Vaccination North-Western Provinces and Oudh 1896-1901 - 1896-1901
Year: 1896
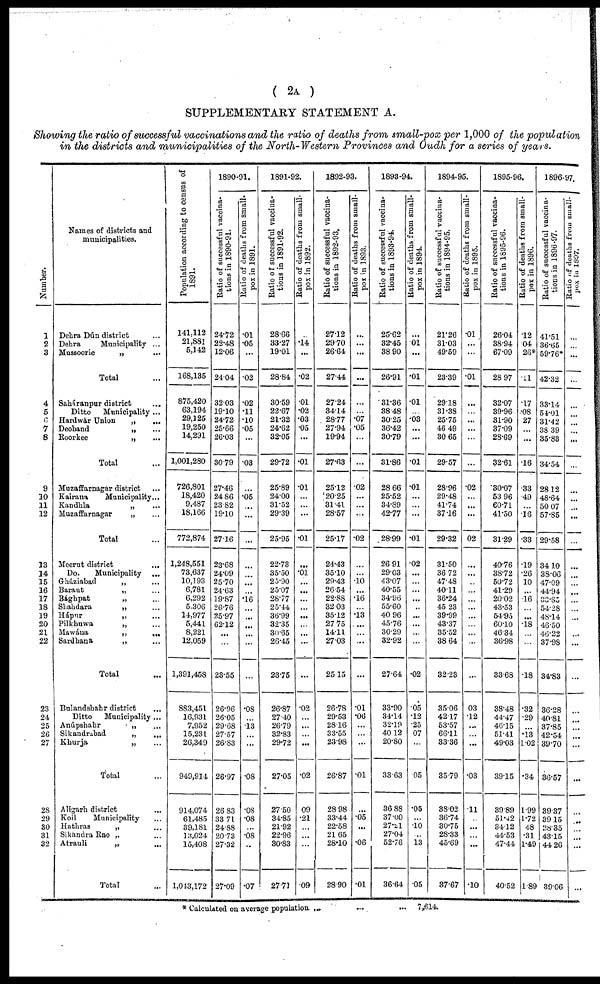
( 2A )
SUPPLEMENTARY STATEMENT A.
Showing the ratio of successful vaccinations and the ratio of deaths from small-pox per 1,000 of the population
in the districts and municipalities of the North-Western Provinces and Oudh for a series of years.
Number.
1
2
3
4
5
6
7
8
9
10
11 12
13
14
15
16
17
18
19
20
21
22
23
24
25
26
27
28
29
30
31
32
Names of districts and
municipalities.
Dehra Dún district ...
Dehra
Municipality ...
Mussoorie
„ ...
Total ...
Saháranpur district ...
Ditto
Municipality ...
Hardwár Union
„
...
Deoband
„ ...
Roorkee
„ ...
Total ...
Muzaffarnagar district ...
Kairana
Municipality...
Kandhla
„ ...
Muzaffarnagar
„ ...
Total ...
Meerut district
...
Do.
Municipality ...
Gháziabad
„ ...
Baraut
„ ...
Bághpat
„ ...
Shahdara
„ ...
Hápur
„ ...
Pilkhuwa
„ ...
Mawána
„
...
Sardhana
„ ...
Total ...
Bulandshahr district ...
Ditto
Municipality ...
Anúpshahr
„ ...
Sikandrabad
„ ...
Khurja
„ ...
Total ...
Aligarh district ...
Koil
Municipality ...
Hathras
„ ...
Sikandra Rao „ ...
Atrauli
„
...
Total ...
Population according to census of
1891.
141,112
21,881
5,142
168,135
875,420
63,194
29,125
19,250
14,291
1,001,280
726,801
18,420
9,487
18,166
772,874
1,248,551
73,637
10,193
6,781
6,292
5,306
14,977
5,441
8,221
12,059
1,391,458
883,451
16,931
7,952
15,231
26,349
949,914
914,074
61,485
39,181
13,024
15,408
1,043,172
1890-91.
Ratio of successful vaccina-
tions in 1890-91.
24.72
22.48
12.06
24.04
32.03
19.10
24.72
25.66
26.03
30.79
27.46
24.86
23.82
19.10
27.16
23.68
24.09
25.70
24.63
19.87
26.76
25.97
62.12
...
...
23.55
26.96
26.05
29.68
27.57
26.83
26.97
26.83
33.71
24.88
20.73
27.32
27.09
Ratio of deaths from small-
pox in 1891.
.01
.05
...
.02
.02
.11
.10
.05
...
.03
...
.05
...
...
...
...
...
...
...
.16
...
...
...
...
...
...
.08
...
.13
...
...
.08
.08
.08
...
.08
...
.07
1891-92.
Ratio of successful vaccina-
tions in 1891-92.
28.66
33.27
19.01
28.84
30.59
22.67
21.32
24.62
32.05
29.72
25.89
24.00
31.52
29.39
25.95
22.73
35.50
25.90
25.07
28.77
25.44
36.99
32.35
30.65
26.45
23.75
26.87
27.40
26.79
32.83
29.72
27.05
27.50
34.85
21.92
22.96
30.83
27.71
Ratio of deaths from small-
pox in 1892.
...
.14
...
.02
.01
.02
.03
.05
...
.01
.01
...
...
...
.01
...
.01
...
...
...
...
...
...
...
...
...
.02
...
...
...
...
.02
09
.21
...
...
...
.09
1892-93.
Ratio of successful vaccina-
tions in 1892-93.
27.12
29.70
26.64
27.44
27.24
34.14
28.77
27.94
19.94
27.63
25.12
20.25
31.41
28.57
25.17
24.43
35.10
29.43
26.54
22.88
32.03
35.12
27.75
14.11
27.03
25.15
26.78
29.53
28.16
33.55
23.98
26.87
28.98
33.44
22.58
21.65
28.10
28.90
Ratio of deaths from small-
pox in 1893.
...
...
...
...
...
...
.07
.05
...
...
.02
...
...
...
.02
...
...
.10
...
.16
...
.13
...
...
...
...
.01
.06
...
...
...
.01
...
.05
...
...
.06
.01
1893-94.
Ratio of successful vaccina-
tions in 1893-94.
25.62
32.45
38.90
26.91
31.36
38.48
30.25
36.42
30.79
31.86
28.66
25.52
34.89
42.77
28.99
26.91
29.03
43.07
40.55
34.96
55.60
40.96
45.76
30.29
32.92
27.64
33.90
34.14
32.19
40.12
20.80
33.63
36.88
37.00
27.21
27.04
52.76
36.64
Ratio of deaths from small-
pox in 1894.
...
01
...
.01
.01
...
.03
...
...
.01
.01
...
...
...
.01
.02
...
...
...
...
...
...
...
...
...
.02
.05
.12
.25
07
...
05
.05
...
.10
...
13
.05
1894-95.
Ratio of successful vaccina-
tions in 1894-95.
21.26
31.03
49.59
23.39
29.18
31.38
25.75
46.49
30.65
29.57
28.96
29.48
41.74
37.16
29.32
31.50
36.72
47.48
40.11
36.24
45.23
39.99
43.37
35.52
38.64
32.23
35.06
42.17
53.57
66.11
33.36
35.79
38.02
36.74
30.75
28.33
45.69
37.67
Ratio of deaths from small-
pox in 1895.
.01
...
...
.01
...
...
...
...
...
...
.02
...
...
...
02
...
...
...
...
...
...
...
...
...
...
...
03
.12
...
...
...
.03
.11
...
...
...
...
.10
1895-96.
Ratio of successful vaccina-
tions in 1895-96.
26.04
38.94
67.09
28.97
32.07
39.96
31.90
37.09
28.69
32.61
30.07
53.96
60.71
41.50
31.29
40.76
38.72
50.72
41.29
20.02
43.53
54.95
60.10
46.34
36.98
33.68
38.48
44.47
46.15
51.41
49.03
39.15
39.89
51.42
34.12
44.53
47.44
40.52
Ratio of deaths from small-
pox in 1896.
.12
04
26*
.11
.17
.08
27
...
...
.16
.33
.49
...
.16
.33
.19
.26
10
...
16
...
...
.18
...
...
.18
.32
.29
...
.13
1.02
.34
1.99
1.72
48
.31
1.49
1.89
1896-97.
Ratio of successful vaccina-
tions in 1896-97.
41.51
36.65
59.76*
42.32
33.14
54.01
31.42
38.39
35.83
34.54
28.12
48.64
50.07
57.85
29.58
34.10
38.06
47.09
44.94
33.85
54.28
48.14
46.50
46.22
37.98
34.83
36.28
40.81
37.85
42.54
39.70
36.57
39.37
39.15
28.35
43.15
44.26
39.06
Ratio of deaths from small-
pox in 1897.
...
...
...
...
...
...
...
...
...
...
...
...
...
...
...
...
...
...
...
...
...
...
...
...
...
...
...
...
...
...
...
...
...
...
...
...
...
...
* Calculated on average population
...
...
... 7,614.